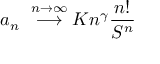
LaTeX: { a _ { n } } ~ \stackrel { n \to \infty } { \longrightarrow } K n ^ { \gamma } { \frac { n ! } { S ^ { n } } }